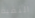
النقية